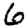
Digit: 6